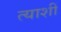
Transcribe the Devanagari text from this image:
त्याशीं